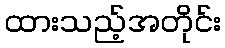
ထားသည့်အတိုင်း